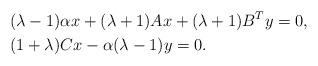
LaTeX: \begin{align*}&(\lambda-1)\alpha x+(\lambda+1)Ax+(\lambda+1)B^{T}y=0, \\&(1+\lambda)Cx-\alpha(\lambda-1) y=0. \end{align*}